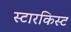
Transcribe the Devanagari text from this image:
स्टारकिस्ट